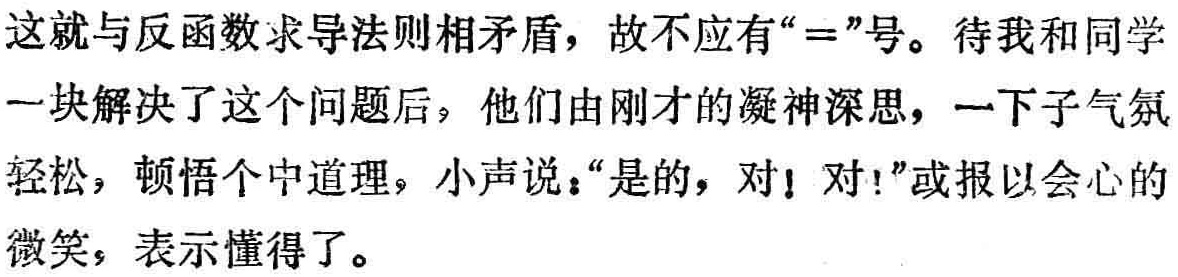
这就与反函数求导法则相矛盾，故不应有“\(=\)”号。待我和同学一块解决了这个问题后，他们由刚才的凝神深思，一下子气氛轻松，顿悟个中道理，小声说：“是的，对！对！”或报以会心的微笑，表示懂得了。